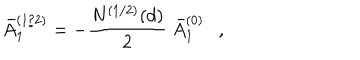
\bar { A } _ { 1 } ^ { ( 1 / 2 ) } = - { \frac { N ^ { ( 1 / 2 ) } ( d ) } { 2 } } ~ \bar { A } _ { 1 } ^ { ( 0 ) } ,